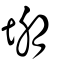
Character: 堋